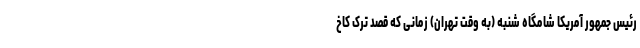
رئیس جمهور آمریکا شامگاه شنبه (به وقت تهران) زمانی که قصد ترک کاخ